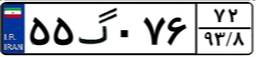
۵۵گ۰۷۶۷۲